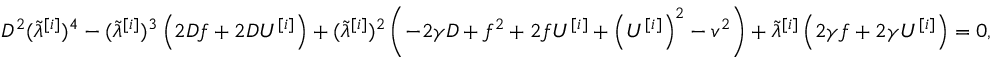
D ^ { 2 } ( \tilde { \lambda } ^ { [ i ] } ) ^ { 4 } - ( \tilde { \lambda } ^ { [ i ] } ) ^ { 3 } \left( 2 D f + 2 D U ^ { [ i ] } \right) + ( \tilde { \lambda } ^ { [ i ] } ) ^ { 2 } \left( - 2 \gamma D + f ^ { 2 } + 2 f U ^ { [ i ] } + \left( U ^ { [ i ] } \right) ^ { 2 } - v ^ { 2 } \right) + \tilde { \lambda } ^ { [ i ] } \left( 2 \gamma f + 2 \gamma U ^ { [ i ] } \right) = 0 ,